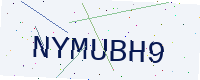
Text: NYMUBH9